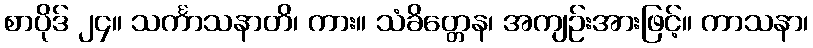
စာပိုဒ် ၂၄။ သင်္ကာသနာတိ၊ ကား။ သံခိတ္တေန၊ အကျဉ်းအားဖြင့်။ ကာသနာ၊